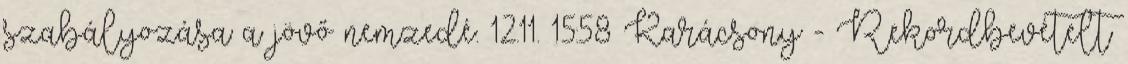
szabályozása a jövő nemzedé. 12.11. 15:58 Karácsony - Rekordbevételt